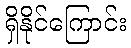
ရှိနိုင်ကြောင်း